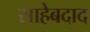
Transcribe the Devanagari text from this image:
साहेबदाद